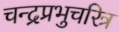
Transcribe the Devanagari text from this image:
चन्द्रप्रभुचरित्र